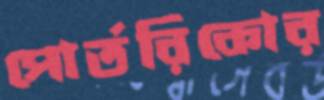
পোর্তরিকোর